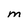
Character: M